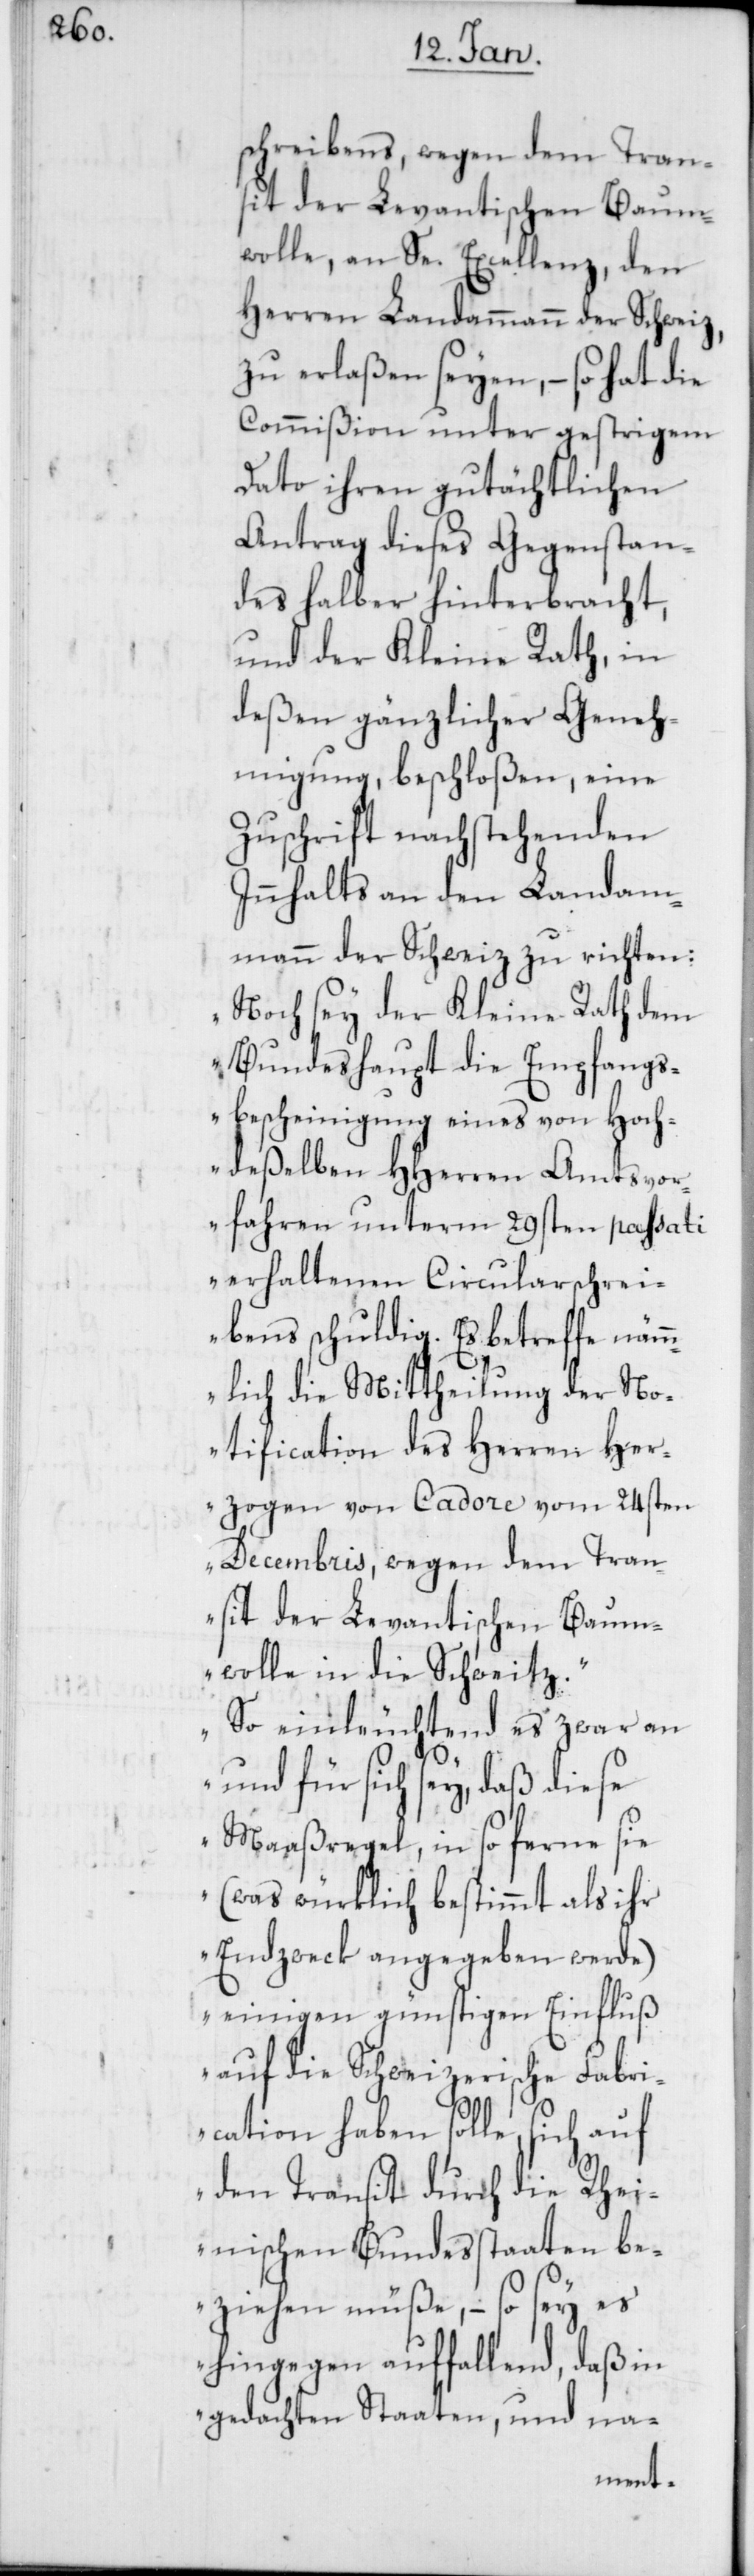
schreibens, wegen dem Tran¬
sit der Levantischen Baum¬
wolle, an Se. Excellenz, den
Herren Landammann der Schweiz,
zu erlaßen seyen, – so hat die
Commißion unter gestrigem
Dato ihren gutächtlichen
Antrag dieses Gegenstan¬
des halber hinterbracht,
und der Kleine Rath, in
deßen gänzlicher Geneh¬
migung, beschloßen, eine
Zuschrift nachstehenden
Innhalts an den Landam¬
mann der Schweiz zu richten:
„Noch sey der Kleine Rath dem
Bundeshaupt die Empfangs¬
bescheinigung eines von Hoch¬
deßelben HHerren Amtsvor¬
fahren unterm 29sten passati
erhaltenen Circularschrei¬
bens schuldig. Es betreffe näm¬
mlich die Mittheilung der No¬
tificaton des Herren Her¬
zogen von Cadore vom 24sten
Decembris, wegen dem Tran¬
sit der Levantischen Baum¬
wolle in die Schweitz.
So einleuchtend es zwar an
und für sich sey, daß diese
Maaßregel, in so ferne sie
(was würklich bestimmt als ihr
Endzweck angegeben werde)
einigen günstigen Einfluß
auf die Schweizerische Fabri¬
cation haben solle, sich auf
den Transit durch die Rhei¬
nischen Bundesstaaten be¬
ziehen müße, – so sey es
hingegen auffallend, daß in
gedachten Staaten, und na-